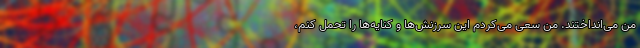
من می‌انداختند. من سعی می‌کردم این سرزنش‌ها و کنایه‌ها را تحمل کنم،